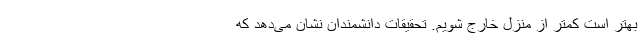
بهتر است کمتر از منزل خارج شویم. تحقیقات دانشمندان نشان می‌دهد که